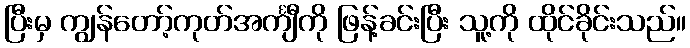
ပြီးမှ ကျွန်တော့်ကုတ်အင်္ကျီကို ဖြန့်ခင်းပြီး သူ့ကို ထိုင်ခိုင်းသည်။